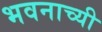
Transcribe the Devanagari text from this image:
भवनाच्यी